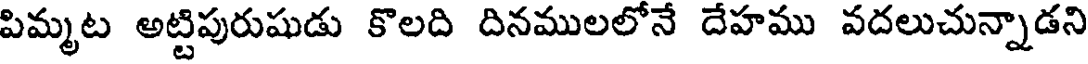
పిమ్మట అట్టిపురుషుడు కొలది దినములలోనే దేహము వదలుచున్నాడని